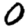
Digit: 0